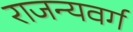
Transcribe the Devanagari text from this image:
राजन्यवर्ग